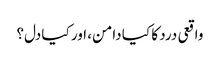
واقعی درد کا کیا دامن، اور کیا دل؟